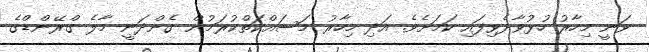
ވަނީ މިހާރު ހުޅުވާދެވިފައި ކަމަށެވެ. އަދި މިހާރު މަސައްކަތްކުރަމުން ގެންދަނީ މާލެ ގްރޭންޑްގެ